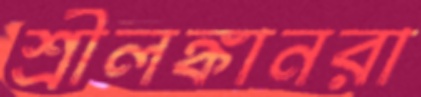
শ্রীলঙ্কানরা